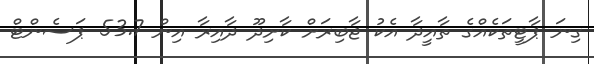
ގިނަ ޕާޓީތަކެއްގެ ތާއީދާ އެކު ޖާބިރަށް ކާށިދޫ ދާއިރާ އިން 53.7 ޕަސެންޓް